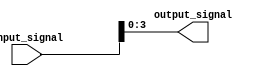
module part_select_assign_statement (
    input [7:0] input_signal,
    output [3:0] output_signal
);

assign output_signal = input_signal[3:0];

endmodule